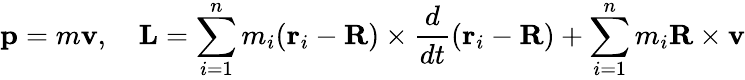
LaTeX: \mathbf{p}=m\mathbf{v},\quad\mathbf{L}=\sum_{i=1}^{n}m_{i}(\mathbf{r}_{i}-\mathbf{R})\times{\frac{d}{dt}}(\mathbf{r}_{i}-\mathbf{R})+\sum_{i=1}^{n}m_{i}\mathbf{R}\times\mathbf{v}